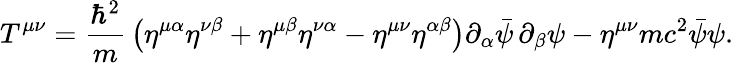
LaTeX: T^{\mu\nu}={\frac{\hbar^{2}}{m}}\left(\eta^{\mu\alpha}\eta^{\nu\beta}+\eta^{\mu\beta}\eta^{\nu\alpha}-\eta^{\mu\nu}\eta^{\alpha\beta}\right)\partial_{\alpha}{\bar{\psi}}\, \partial_{\beta}\psi-\eta^{\mu\nu}mc^{2}{\bar{\psi}}\psi.